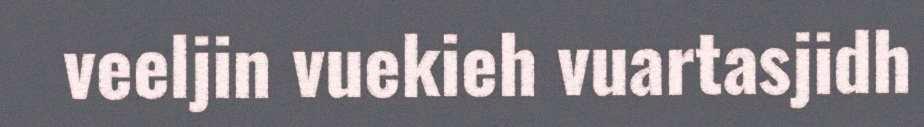
veeljin vuekieh vuartasjidh